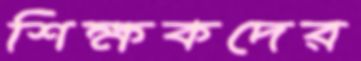
শিক্ষকদের